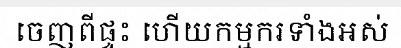
ចេញពីផ្ទះ ហើយកម្មករទាំងអស់